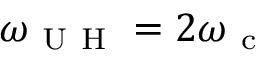
\omega _ { \mathrm { ~ U ~ H ~ } } = 2 \omega _ { \mathrm { ~ c ~ } }